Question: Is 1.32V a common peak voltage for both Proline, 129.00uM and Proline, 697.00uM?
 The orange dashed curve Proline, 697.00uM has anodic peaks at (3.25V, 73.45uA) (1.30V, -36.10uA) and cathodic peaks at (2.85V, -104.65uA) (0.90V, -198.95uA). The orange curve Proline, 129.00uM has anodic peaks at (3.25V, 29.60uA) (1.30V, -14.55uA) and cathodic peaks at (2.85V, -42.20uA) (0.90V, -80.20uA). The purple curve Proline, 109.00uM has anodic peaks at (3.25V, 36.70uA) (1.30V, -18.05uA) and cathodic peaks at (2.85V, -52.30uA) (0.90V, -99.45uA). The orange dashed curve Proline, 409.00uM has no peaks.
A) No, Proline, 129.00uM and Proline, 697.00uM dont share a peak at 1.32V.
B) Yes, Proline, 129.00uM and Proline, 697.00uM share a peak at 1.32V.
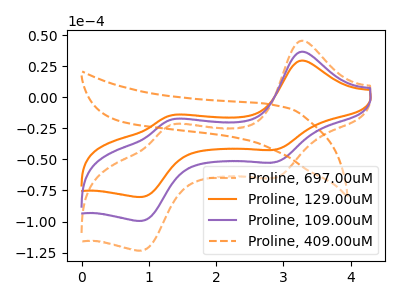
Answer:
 <answer>B) Yes, "Proline, 129.00uM" and "Proline, 697.00uM" share a peak at 1.32V.</answer>
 <eval>B</eval>